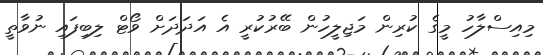
މިއިސްލާހު މީގެ ކުރިން މަޖިލީހުން ބޭރުކުރީ އެ އަދަދަށް ވޯޓް ލިބިފައި ނުވާތީ